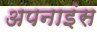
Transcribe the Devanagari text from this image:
अपनाइंस